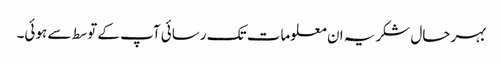
بہرحال شکریہ ان معلومات تک رسائی آپ کے توسط سے ہوئی۔